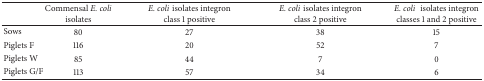
<table><thead><tr><td><b> </b></td><td><b>Commensal <i>E. coli</i> isolates</b></td><td><b><i>E. coli</i>isolates integron class 1 positive</b></td><td><b><i>E. coli</i>isolates integron class 2 positive</b></td><td><b><i>E. coli</i>isolates integron classes 1 and 2 positive</b></td></tr></thead><tbody><tr><td>Sows</td><td>80</td><td>27</td><td>38</td><td>15</td></tr><tr><td>Piglets F</td><td>116</td><td>20</td><td>52</td><td>7</td></tr><tr><td>Piglets W</td><td>85</td><td>44</td><td>7</td><td>0</td></tr><tr><td>Piglets G/F</td><td>113</td><td>57</td><td>34</td><td>6</td></tr></tbody></table>